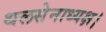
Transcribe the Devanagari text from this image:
थलसेनाध्यक्ष।